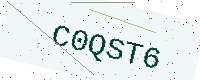
Text: C0QST6